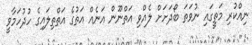
ނިއްކުރި މަތީގައި ނުވަތަ ބޯދަށަށް ލެއްވި އަތްނޫން އަނެއް އަތުގެ އަތްތިލައިގެ ހުދުހަމާވީ